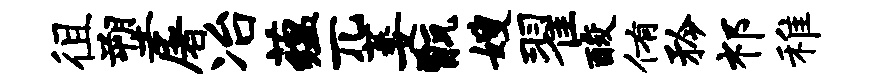
徂塑屠冶蕴兀萎甑嫂翟酸侑矜祁稚